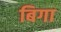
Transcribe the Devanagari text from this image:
बिगा